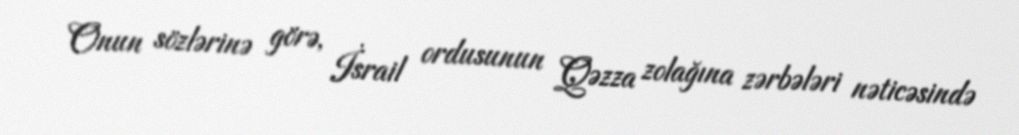
Onun sözlərinə görə, İsrail ordusunun Qəzza zolağına zərbələri nəticəsində